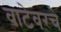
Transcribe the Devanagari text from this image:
वाटेवरचे